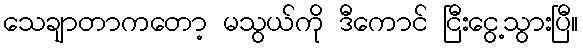
သေချာတာကတော့ မသွယ်ကို ဒီကောင် ငြီးငွေ့သွားပြီ။